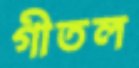
গীতল